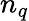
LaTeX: n_{q}